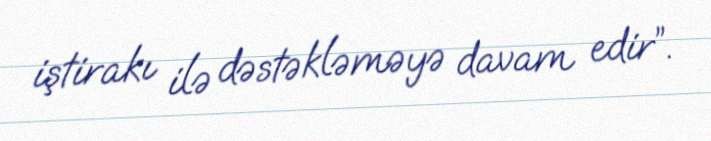
iştirakı ilə dəstəkləməyə davam edir”.